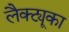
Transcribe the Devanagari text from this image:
लैक्ट्यूका